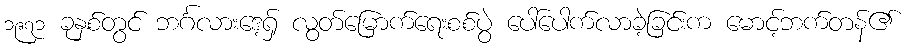
၁၉၇၁ ခုနှစ်တွင် ဘင်္ဂလားဒေ့ရှ် လွတ်မြောက်ရေးစစ်ပွဲ ပေါ်ပေါက်လာခဲ့ခြင်းက မောင့်ဘက်တန်၏